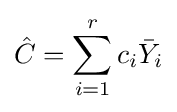
{\hat {C}}=\sum _{i=1}^{r}c_{i}{\bar {Y}}_{i}